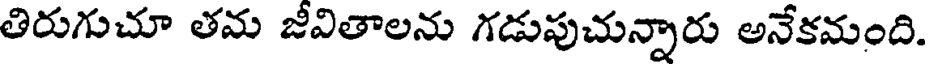
తిరుగుచూ తమ జీవితాలను గడుపుచున్నారు అనేకమంది.